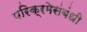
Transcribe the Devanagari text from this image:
परिक्रमेसंबंधी